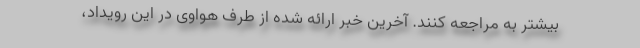
بیشتر به مراجعه کنند. آخرین خبر ارائه شده از طرف هواوی در این رویداد،